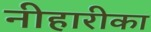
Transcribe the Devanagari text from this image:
नीहारीका